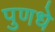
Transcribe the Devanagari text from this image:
पुणधे